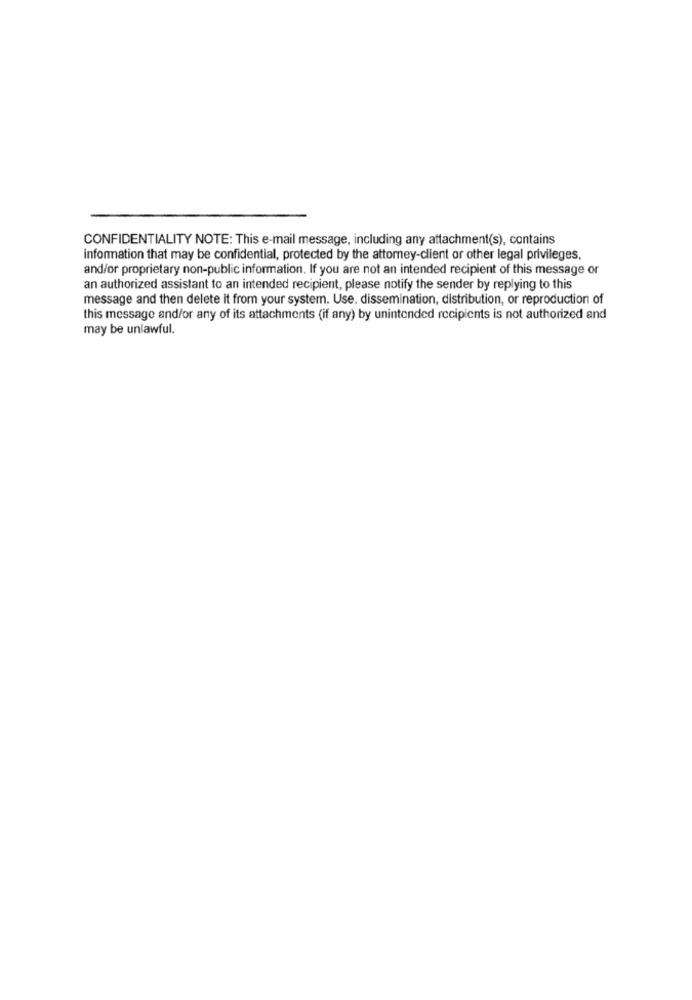
CONFIDENTIALITY NOTE: This e-mail message, including any attachment(s), contains
information that may be confidential, protected by the attorney-client or other legal privileges.
and/or proprietary non-public information. If you are not an intended recipient of this message or
an authorized assistant to an intended recipient, please notify the sender by replying to this
message and then delete it from your system. Use, dissemination, distribution, or reproduction of
this message and/or any of its attachments (if any) by unintended recipients is not authorized and
may be unlawful.